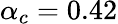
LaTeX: \alpha_{c}=0.42